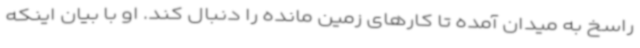
راسخ به میدان آمده تا کارهای زمین مانده را دنبال کند. او با بیان اینکه